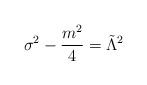
LaTeX: \begin{align*}\sigma^{2}-\frac{m^{2}}{4}= \tilde{\Lambda}^{2}\end{align*}